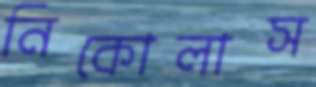
নিকোলাস